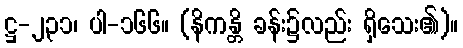
ဋ္ဌ-၂၃၁၊ ပါ-၁၆၆။ (နိကန္တိ ခန်း၌လည်း ရှိသေး၏)။